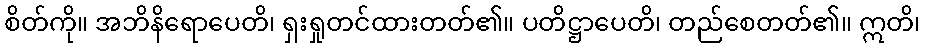
စိတ်ကို။ အဘိနိရောပေတိ၊ ရှးရှုတင်ထားတတ်၏။ ပတိဋ္ဌာပေတိ၊ တည်စေတတ်၏။ ဣတိ၊